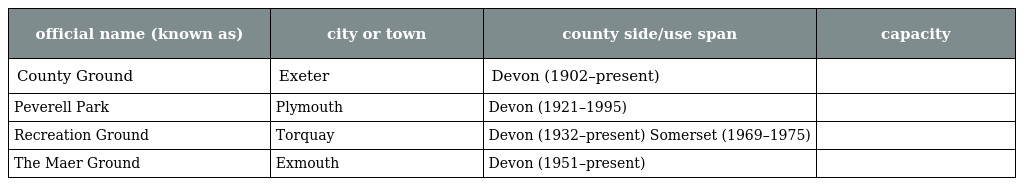
| official name (known as) | city or town | county side/use span | capacity |
 | --- | --- | --- | --- |
 | County Ground | Exeter | Devon (1902–present) |  |
 | Peverell Park | Plymouth | Devon (1921–1995) |  |
 | Recreation Ground | Torquay | Devon (1932–present) Somerset (1969–1975) |  |
 | The Maer Ground | Exmouth | Devon (1951–present) |  |